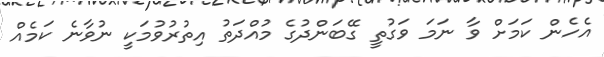
އެހެން ކަމަށް ވާ ނަމަ ވަގުތީ ގޭބަންދުގެ މުއްދަތު އިތުރުވުމަކީ ނުވާނެ ކަމެއް